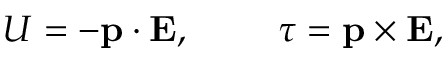
U = - \mathbf { p } \cdot \mathbf { E } , \qquad \ { \boldsymbol { \tau } } = \mathbf { p } \times \mathbf { E } ,